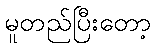
မူတည်ပြီးတော့